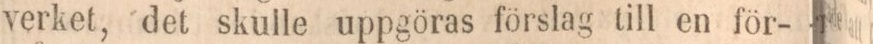
verket, det skulle uppgöras förslag till en för-